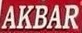
AKBAR